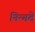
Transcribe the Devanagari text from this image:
निन्गदे